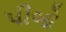
પીબો